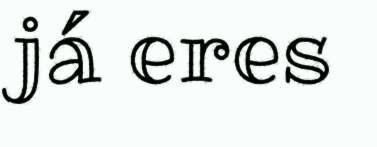
já eres